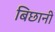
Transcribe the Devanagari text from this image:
बिछानी